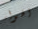
الهواء